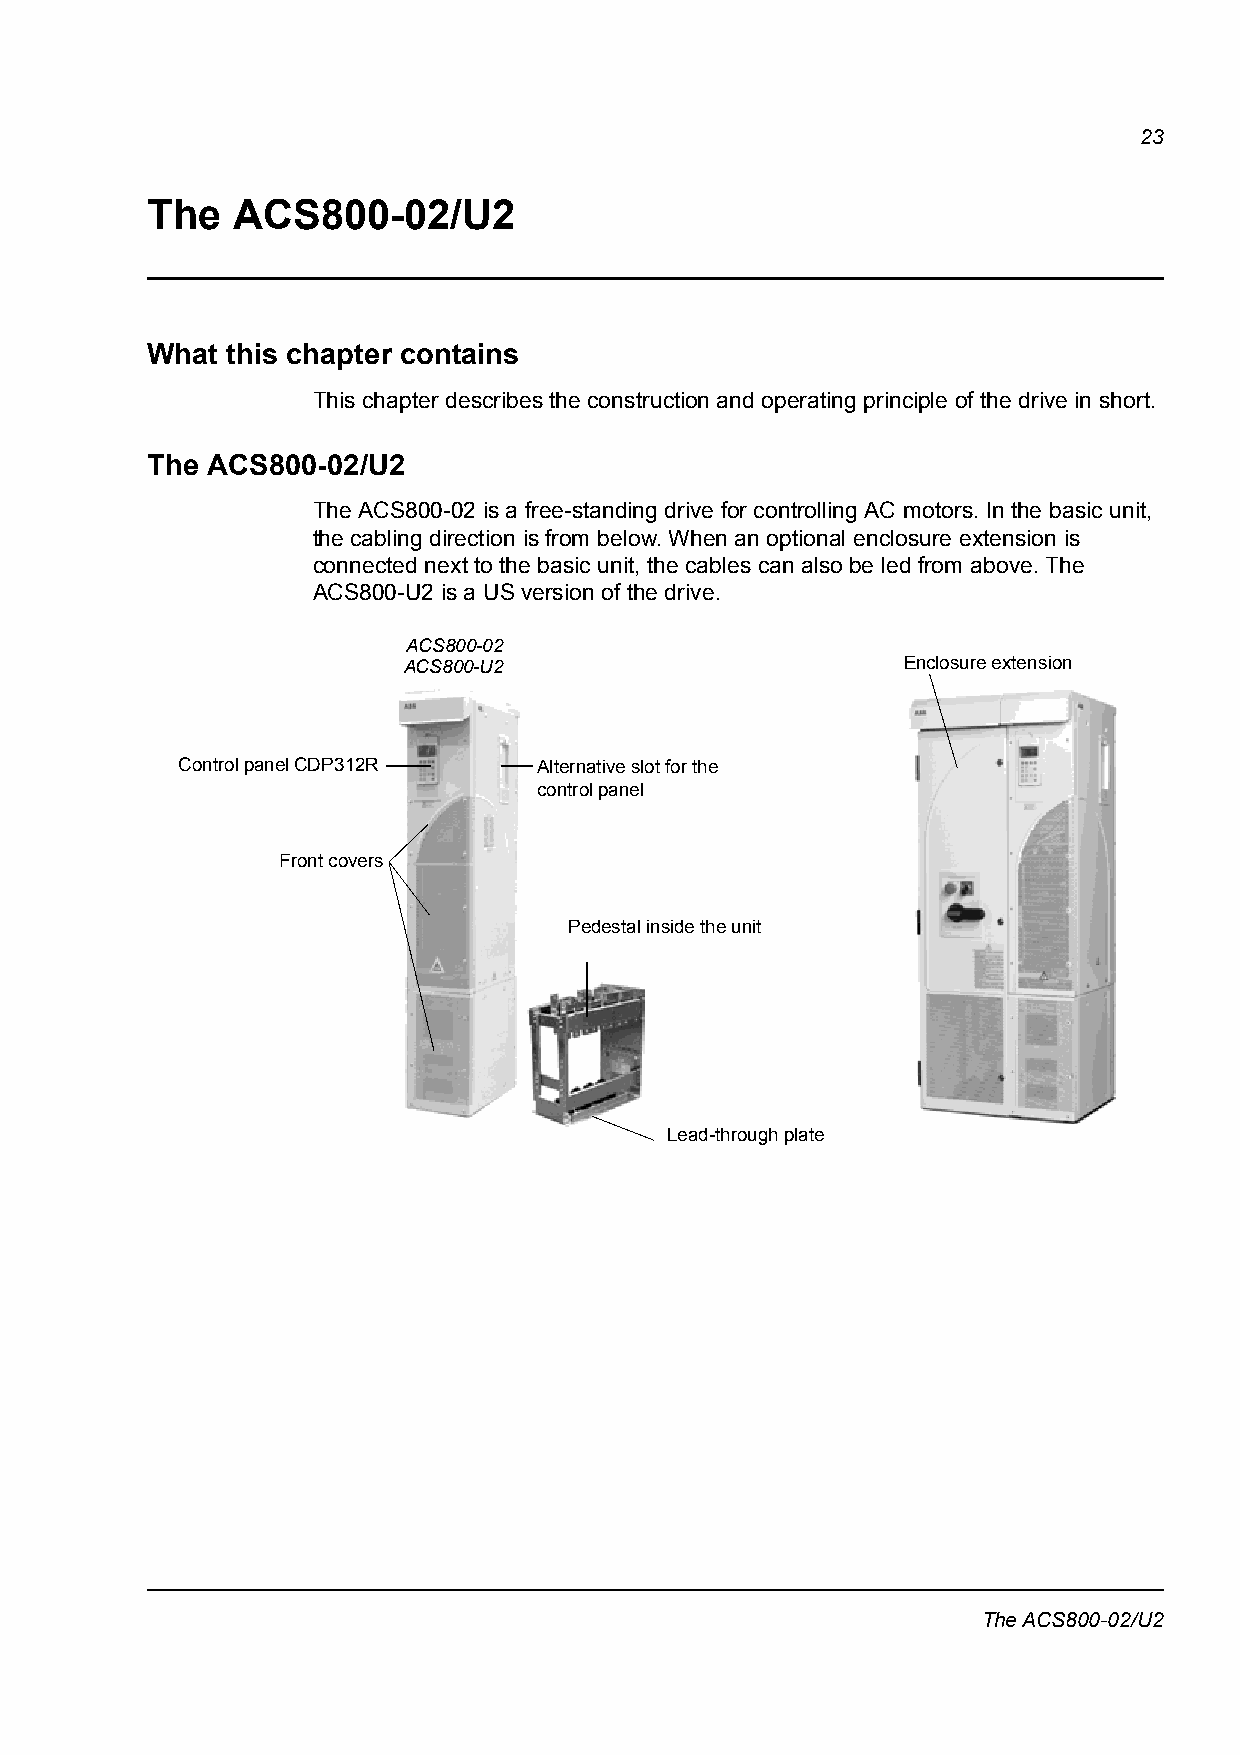
23
 The  ACS800-02/U2
 What this chapter contains
 This chapter describes the construction and operating principle of the drive in short.
 The ACS800-02/U2
 The ACS800-02 is a free-standing drive for controlling AC motors. In the basic unit,
 the cabling direction is from below. When an optional enclosure extension is
 connected next to the basic unit, the cables can also be led from above. The
 ACS800-U2 is a US version of the drive.
 ACS800-02
 ACS800-U2                        Enclosure extension
 Control panel CDP312R   Alternative slot for the
 control panel
 Front covers
 Pedestal inside the unit
 Lead-through plate
 The ACS800-02/U2